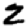
Digit: 2